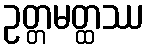
ဥတ္တမတ္ထဿ